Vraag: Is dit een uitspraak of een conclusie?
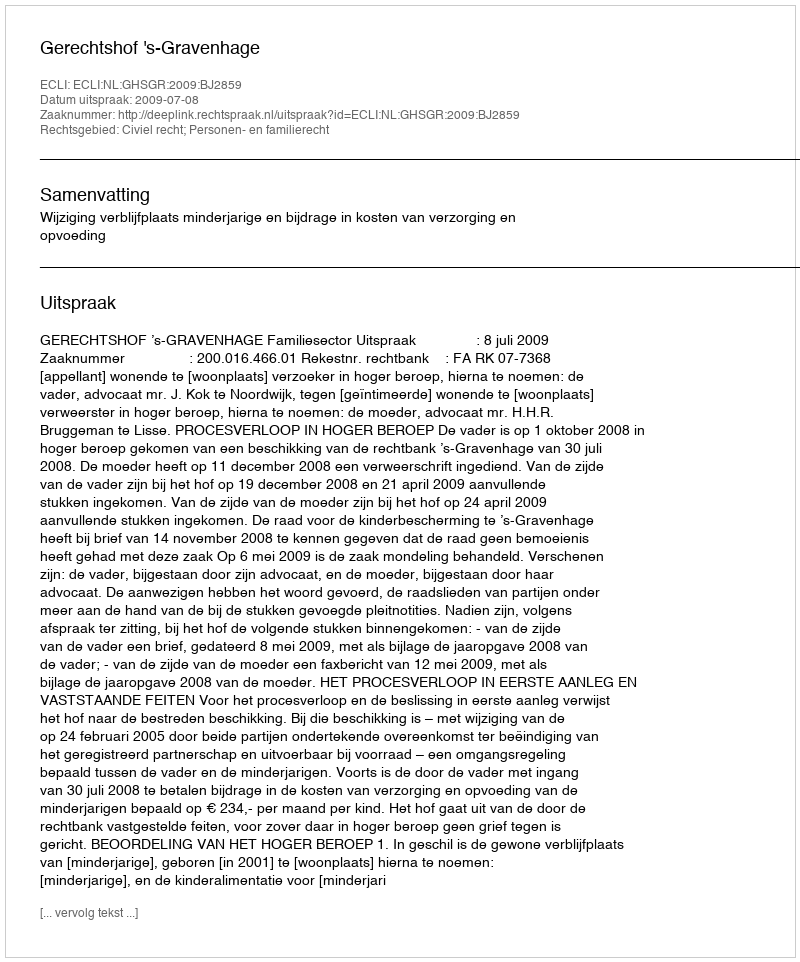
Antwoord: Uitspraak